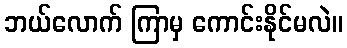
ဘယ်လောက် ကြာမှ ကောင်းနိုင်မလဲ။